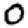
Digit: 0